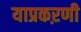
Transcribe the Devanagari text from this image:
याप्रकऱणी